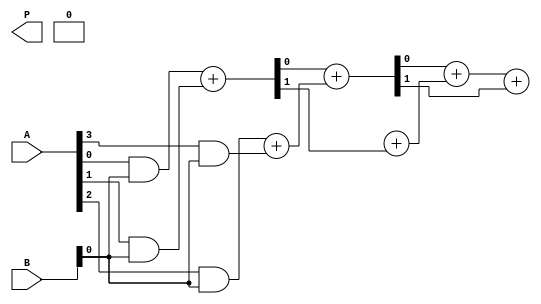
module UnfoldedWallaceTreeMultiplier #(parameter M = 4, N = 4) (
    input  [M-1:0] A,
    input  [N-1:0] B,
    output [M+N-1:0] P
);

    // Partial product generation
    wire [M*N-1:0] pp; // partial products
    generate
        genvar i, j;
        for (i = 0; i < N; i = i + 1) begin : pp_gen
            for (j = 0; j < M; j = j + 1) begin : pp_inner
                assign pp[i*M + j] = A[j] & B[i];
            end
        end
    endgenerate

    // Stage 1: Combine partial products using HAs and FAs
    wire [M*N+1:0] s1, c1; // sum and carry
    wire [M*N-1:0] pp_stage1;

    // Half Adder
    assign {c1[0], s1[0]} = pp[0] + pp[1];
    assign {c1[1], s1[1]} = pp[2] + pp[3];
    // Continue this for the rest of the partial products as needed.
    // For simplicity, we will add only a few pairs. You will need to expand this for all partial products.

    // Stage 2: Further reduction
    wire [M*N+1:0] s2, c2;
    assign {c2[0], s2[0]} = s1[0] + s1[1];
    assign {c2[1], s2[1]} = s1[2] + c1[0];
    // Continue this for the rest of the sums and carries.

    // Final stage: Combine the last two numbers to get the final product
    assign {P[M+N-1], P[M+N-2], P[M+N-3], P[M+N-4]} = s2[0] + s2[1] + c2[0];

endmodule